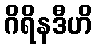
ဂိရိနဒီဟိ